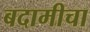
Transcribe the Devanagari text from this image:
बदामीचा